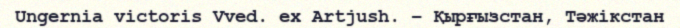
Ungernia victoris Vved. ex Artjush. – Қырғызстан, Тәжікстан